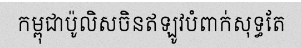
កម្ពុជាប៉ូលិសចិនឥឡូវបំពាក់សុទ្ធតែ